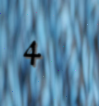
4